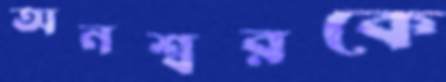
অনশ্বরকে